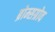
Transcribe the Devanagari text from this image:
ब्रोम्सग्रोव